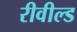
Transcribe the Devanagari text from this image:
रीवील्ड